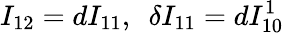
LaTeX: I_{12}=dI_{11},\ \ \delta I_{11}=dI_{10}^{1}